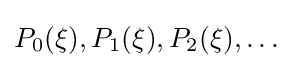
P_{0}(\xi ),P_{1}(\xi ),P_{2}(\xi ),\ldots